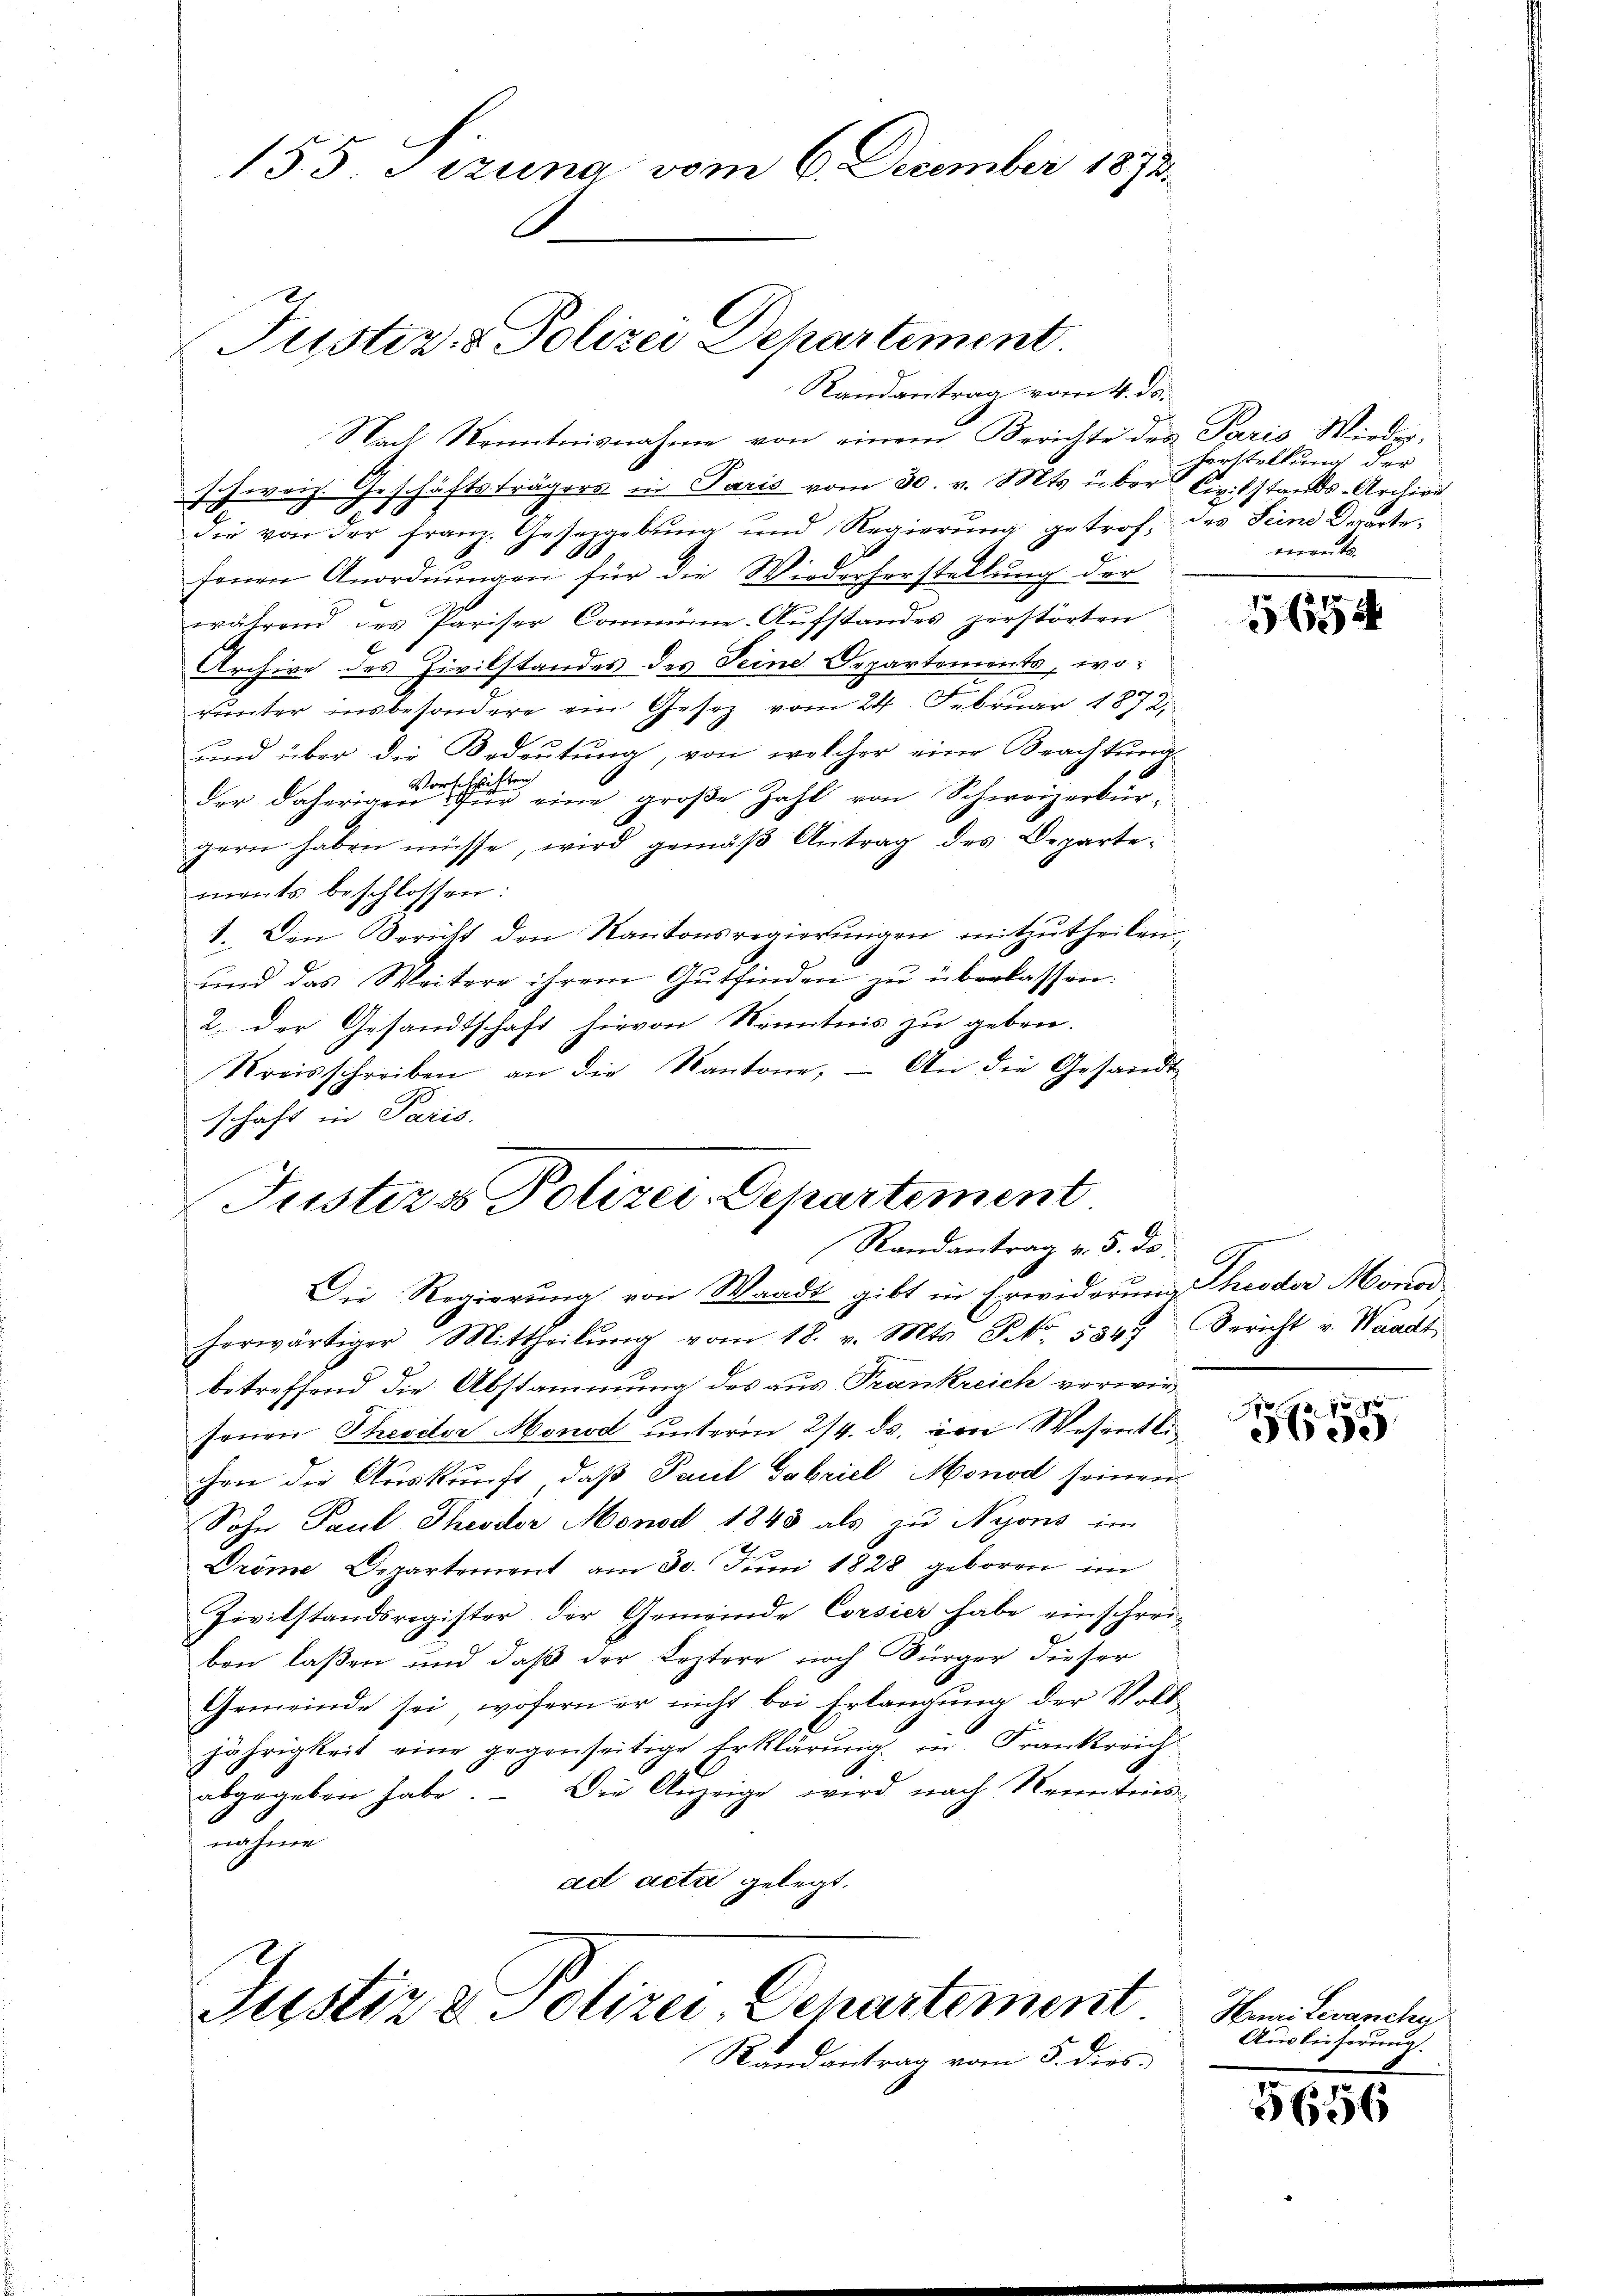
155. Pizuna vom 6. December 1892.

Justiz- & Polizei Departement.
Randantrag vom 4. ds.

Justiz & Polizei, Departement
Rundantrag vom 5. dies¬

Nach Kenntnisnahme von einem Berichte der Paris Wieder-
schweiz. Geschäftsträgers in Paris vom 30. v. Mts. über Civilstands-Archive
die von der Franz. Gesetzgebung und Regierŭng getrof, des Seine Derartefenen Anordnŭngen für die Wiederherstellŭng der
während des Pariser Commüne-Aufstandes zerstörten
Archive des Zivilstandes des Seine Departements, worunter insbesondere ein Gesetz vom 24. Februar 1872
x
und über die Bedeutung, von welcher eine Brachtung
der daherigen sei eine große Zahl von Schweizerbür-
gern haben müsse, wird gemäß Antrag des Departements beschlossen:
1. Den Bericht den Kantonsregierungen mitzutheilen.
und das Weitere ihrem Gŭtfinden zŭ überlassen.
2. Der Gesandtschaft hievon Kenntnis zu geben.
Kreisschreiben an die Kantone, – An die Gesandt-
schaft in Paris.
Justizos Polizei-Departement
Randantrag v. 5. ds.
Die Regierung von Waadt gibt in Erwiderung hieder Monod
herwärtiger Mittheilŭng vom 18. v. Mts. No. 534. Bericht v. Waadt
betreffend die Abstammung des aus Trankreich vorwiesenen Theoctor Monod unterm 24. ds. von Wesentlichen die Auskunft, daß Paul Gabriel Monod seinen
Sohn Paul Theodor Monat 1848 als zu Nyons im
Dröme Departement am 30. Juni 1828 geboren im
Zivilstandsregister, der Gemeinde Corsier habe einschrei-
ben laßen und daß der Leztere noch Bürger dieser
Gemeinde sei, wofern er nicht bei Erlangung der Volljährigkeit eine gegenseitige Erklärŭng in Frankreich
Die Anzeige wird nach Kenntnis
abgegeben habe.
nahme
ad acta gelegt.

herstellung der
mente

165

G

x
Hise

Heure Levanchy
Ausbesserung

5656